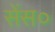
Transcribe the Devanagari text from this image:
सेंस०